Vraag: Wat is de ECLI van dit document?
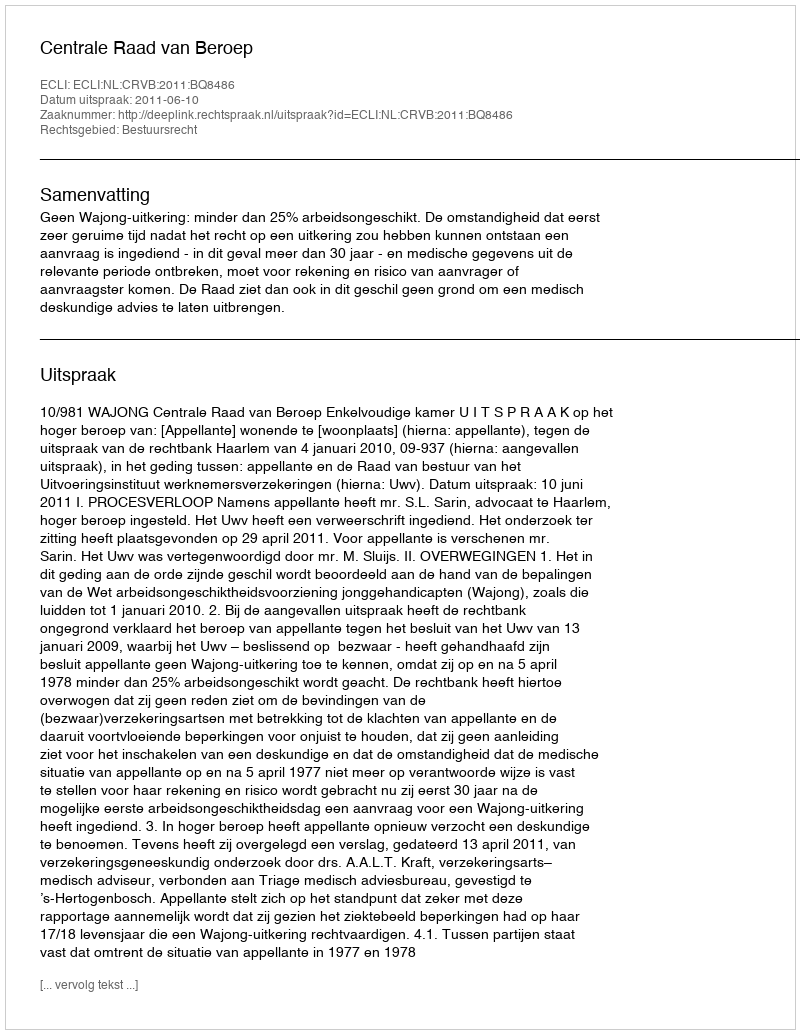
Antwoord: ECLI:NL:CRVB:2011:BQ8486